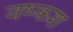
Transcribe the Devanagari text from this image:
वष्कश